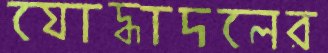
যোদ্ধাদলের